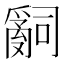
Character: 𤔲